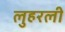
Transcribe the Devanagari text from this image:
लुहरली